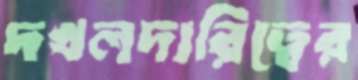
দখলদারিত্বের